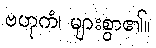
ဗဟုကံ၊ များစွာ၏။